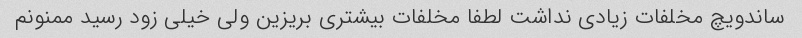
ساندویچ مخلفات زیادی نداشت لطفا مخلفات بیشتری بریزین ولی خیلی زود رسید ممنونم